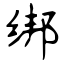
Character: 绑